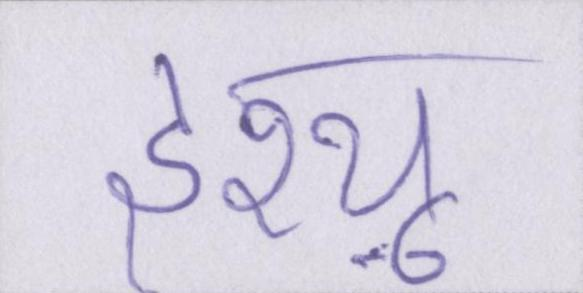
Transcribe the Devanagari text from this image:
इश्यू